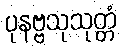
ပုနဗ္ဗသုသုတ္တံ